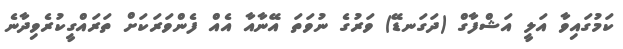
ކަމުގައިވާ އަލީ އަޝްފާގް (ދަގަނޑޭ) ވަރުގެ ނުވަތަ އޭނާއާ އެއް ފެންވަރަކަށް ތަރައްގީކުރެވިދާނެ